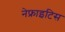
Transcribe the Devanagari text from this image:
नेफ्राइटिस